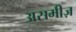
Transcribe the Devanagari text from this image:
असमीज़